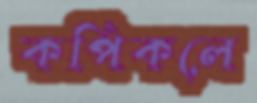
কপিকলে